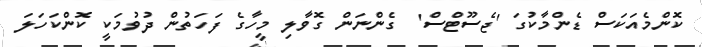
ކޮންމެއަކަސް ޑެންމާކުގަ 'ޖެސޫޓްސް'  ގެންނަން ގޮވާލި މީހާގެ ފަހަތުން ދުވުމަކީ ކޮންކަހަލަ